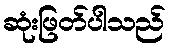
ဆုံးဖြတ်ပါသည်